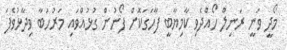
މޯދީ ވަނީ ރަނިލް ހޯއްދެވި ކާމިޔާބީ ފާހަގަކޮށް ފޯނުން ގުޅުއްވައި މަރުހަބާ ވިދާޅުވެފަ